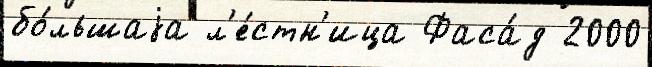
бо́льшаjа л'е́стн'ица Фаса́д 2000